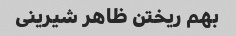
بهم ریختن ظاهر شیرینی